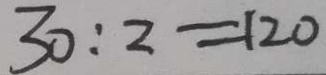
3 0 : 2 = 1 2 0